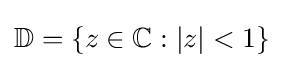
\mathbb {D} =\{z\in \mathbb {C} :|z|<1\}